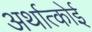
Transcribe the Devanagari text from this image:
अर्थात्कोई